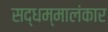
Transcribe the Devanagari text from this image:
सद्धम्मालंकार